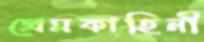
প্রেমকাহিনী